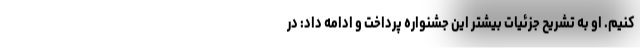
کنیم. او به تشریح جزئیات بیشتر این جشنواره پرداخت و ادامه داد: در